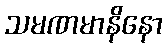
သမဏမာနိနော